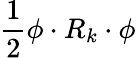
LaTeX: {\frac{1}{2}}\phi\cdot R_{k}\cdot\phi